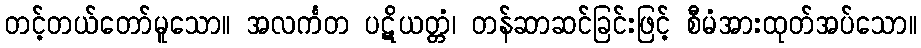
တင့်တယ်တော်မူသော။ အလင်္ကတ ပဋိယတ္တံ၊ တန်ဆာဆင်ခြင်းဖြင့် စီမံအားထုတ်အပ်သော။